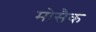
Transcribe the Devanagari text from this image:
मोसैक